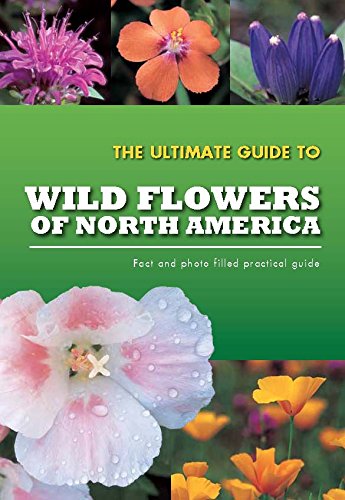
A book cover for The Ultimate Guide To Wild Flowers of North America (Practical Guides); Parragon Books; Crafts, Hobbies & Home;